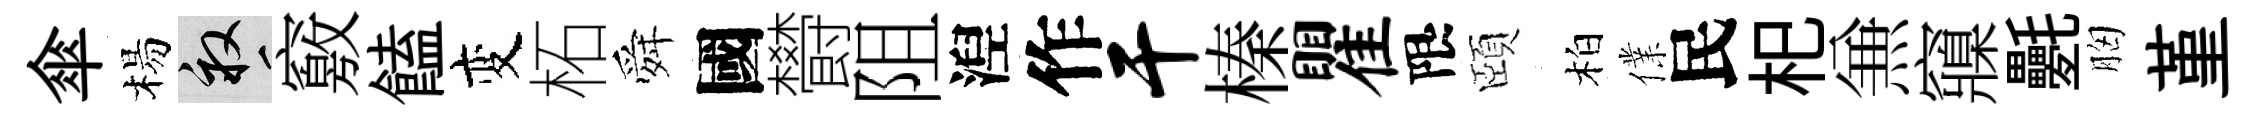
傘楊畝竅饁变柘舜國欎阻湼作干榛瞿限頤柏㒒民𣏌𠔥䆿氎胸堇